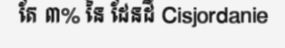
តែ ៣% នៃ ដែនដី Cisjordanie